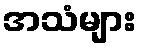
အသံများ